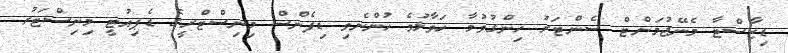
ޑިޒާސްޓާ މެނޭޖުމަންޓް ސެންޓަރު ހިންގުވުމާ ހަވާލުވެ ހުންނެވި ޑިފެންސް މިނިސްޓްރީގެ ޑެޕިއުޓީ މިނިސްޓަރު